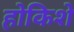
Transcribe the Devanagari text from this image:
होकिशे